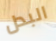
البدل